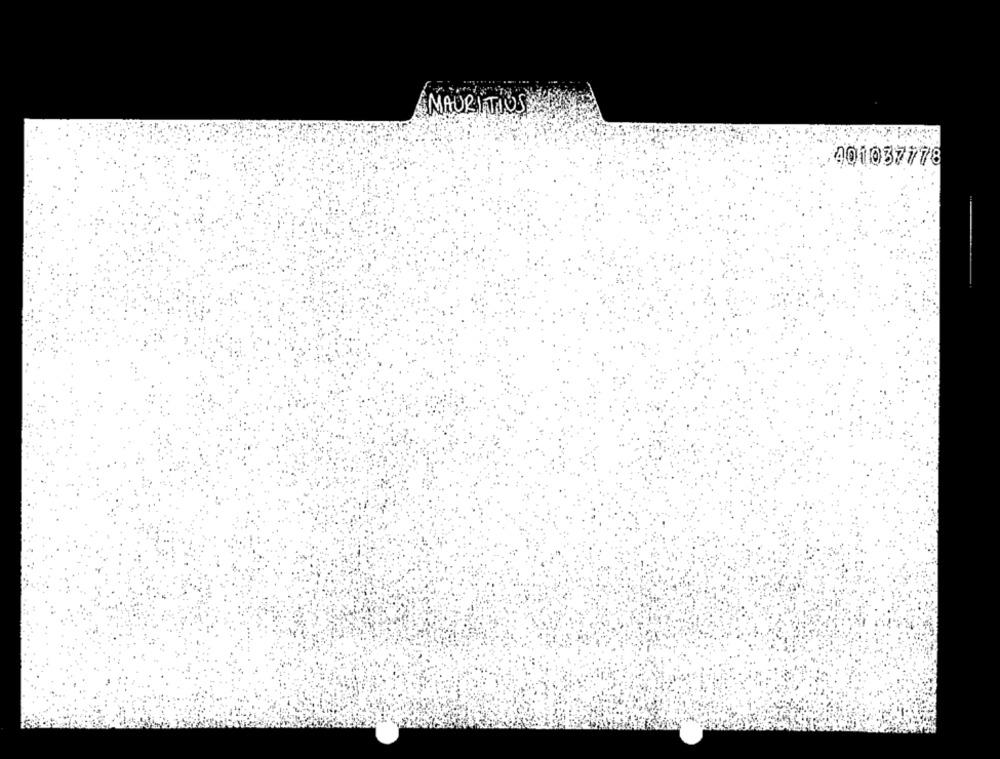
MAURITIOS
401037778